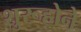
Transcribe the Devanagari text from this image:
शुरूहोने